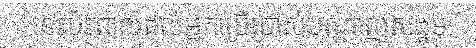
នេះប៉ះពាល់ដល់អ្នកប្រើប្រាស់បណ្តាញសង្គម